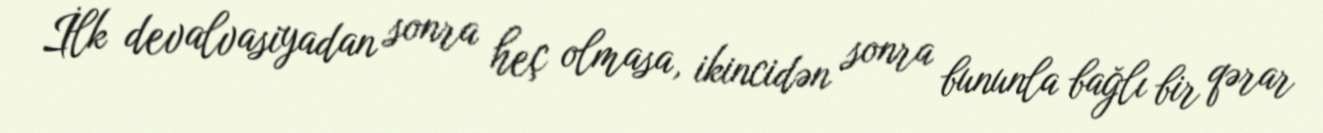
İlk devalvasiyadan sonra heç olmasa, ikincidən sonra bununla bağlı bir qərar